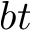
b t